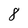
Character: 8